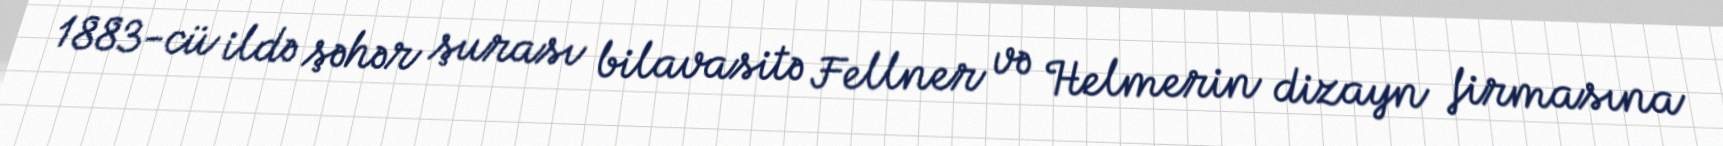
1883-cü ildə şəhər şurası bilavasitə Fellner və Helmerin dizayn firmasına